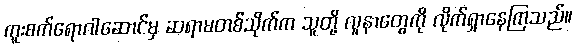
ကူးစက်ရောဂါဆောင်မှ ဆရာမတစ်သိုက်က သူတို့ လူနာတွေကို လိုက်ရှာနေကြသည်။